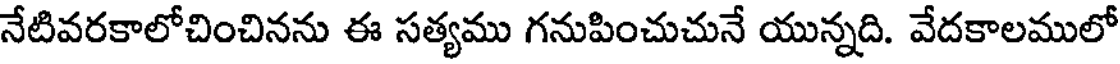
నేటివరకాలోచించినను ఈ సత్యము గనుపించుచునే యున్నది. వేదకాలములో